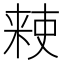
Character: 𫣙